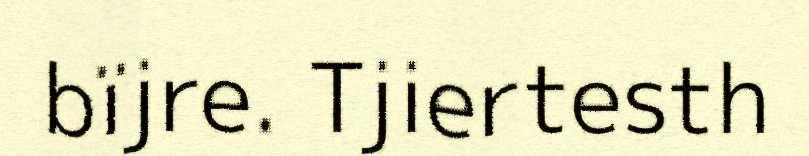
bïjre. Tjiertesth